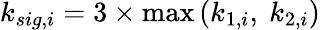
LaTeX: k_{sig,i}=3\times\operatorname*{max}\left(k_{1,i},~k_{2,i}\right)